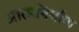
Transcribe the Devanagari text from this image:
आत्मनिर्माण